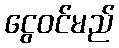
ငွေဝင်မည်